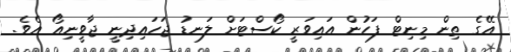
އޭގެ ތިން މިނިޓް ފަހުން އައިވަރީ ކޯސްޓަށް ލަނޑު ޖަހައިދިނީ ޖާވީނިއޯ އެވެ.